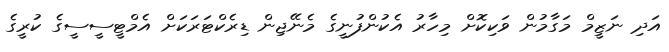
އަދި ނަޒީމް މަގާމުން ވަކިކޮށް މިހާރު އެކުންފުނީގެ މެނޭޖިން ޑިރެކްޓަރަކަށް އެމްޓީސީސީގެ ކުރީގެ